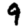
Digit: 9